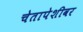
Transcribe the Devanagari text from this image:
चेतापेशीवर